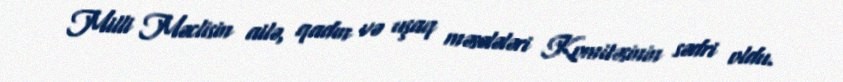
Milli Məclisin ailə, qadın və uşaq məsələləri Komitəsinin sədri oldu.